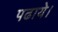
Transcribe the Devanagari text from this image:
पढाये।